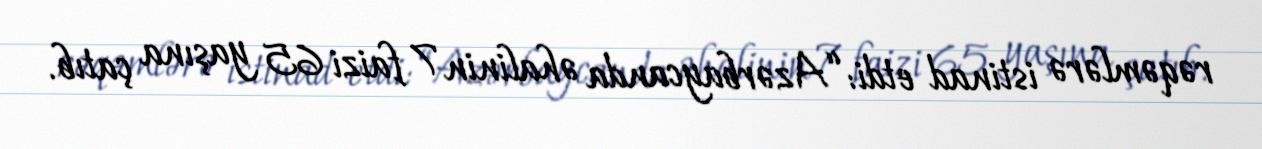
rəqəmlərə istinad etdi: “Azərbaycanda əhalinin 7 faizi 65 yaşına çatıb.